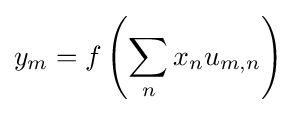
y_{m}=f\left(\sum _{n}x_{n}u_{m,n}\right)